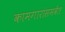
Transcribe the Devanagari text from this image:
कामगारांसमवेत